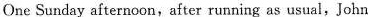
One Sunday afternoon，after running as usual, John